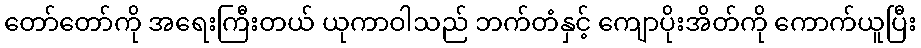
တော်တော်ကို အရေးကြီးတယ် ယုကာဝါသည် ဘက်တံနှင့် ကျောပိုးအိတ်ကို ကောက်ယူပြီး